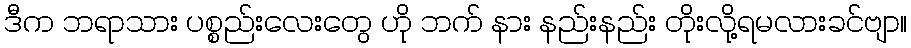
ဒီက ဘရာသား ပစ္စည်းလေးတွေ ဟို ဘက် နား နည်းနည်း တိုးလို့ရမလားခင်ဗျာ။